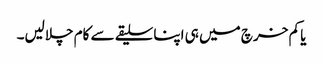
یا کم خرچ میں ہی اپنا سلیقے سے کام چلالیں۔